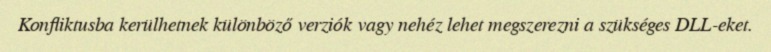
Konfliktusba kerülhetnek különböző verziók vagy nehéz lehet megszerezni a szükséges DLL-eket.